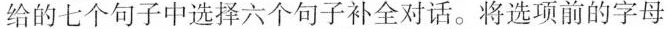
给的七个句子中选择六个句子补全对话.将选项前的字母